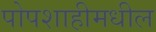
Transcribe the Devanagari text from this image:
पोपशाहीमधील